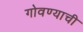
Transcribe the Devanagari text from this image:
गोवण्याची